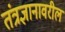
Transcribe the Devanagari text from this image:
तंत्रज्ञानावरील